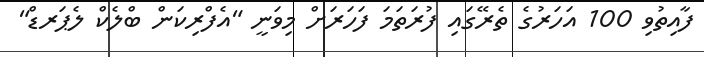
ފާއިތުވި 100 އަހަރުގެ ތެރޭގައި ފުރަތަމަ ފަހަރަށް މިވަނީ "އެފްރިކަން ބްލެކް ލެޕަރޑް"